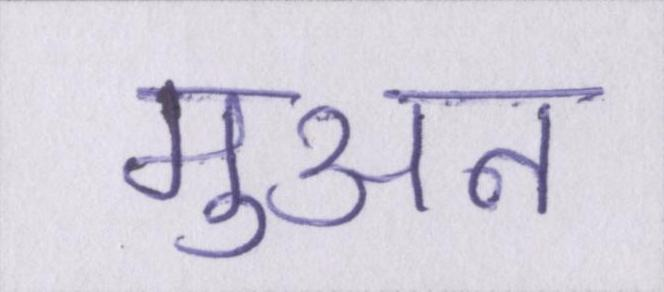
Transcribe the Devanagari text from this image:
मुअन